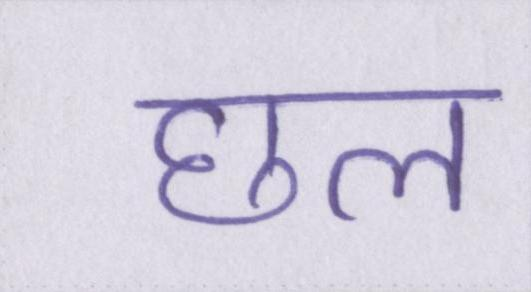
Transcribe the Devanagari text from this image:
छल